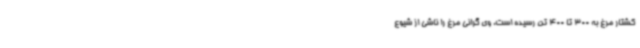
کشتار مرغ به 300 تا 400 تن رسیده است. وی گرانی مرغ را ناشی از شیوع